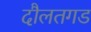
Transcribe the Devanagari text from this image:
दौलतगड